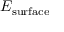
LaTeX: E _ { \mathrm { s u r f a c e } }